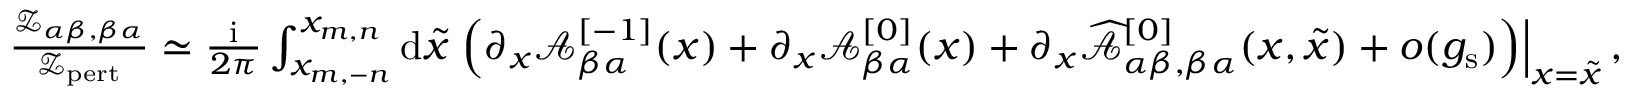
\begin{array} { r } { \frac { { \mathscr Z } _ { \alpha \beta , \beta \alpha } } { { \mathscr Z } _ { \mathrm { p e r t } } } \simeq \frac { { \mathrm { i } } } { 2 \pi } \int _ { x _ { m , - n } } ^ { x _ { m , n } } \mathrm { d } \tilde { x } \left. \left( \partial _ { x } { \mathcal A } _ { \beta \alpha } ^ { [ - 1 ] } ( x ) + \partial _ { x } { \mathcal A } _ { \beta \alpha } ^ { [ 0 ] } ( x ) + \partial _ { x } \widehat { { \mathcal A } } _ { \alpha \beta , \beta \alpha } ^ { [ 0 ] } ( x , \tilde { x } ) + o ( g _ { \mathrm { s } } ) \right) \right| _ { x = \tilde { x } } , } \end{array}